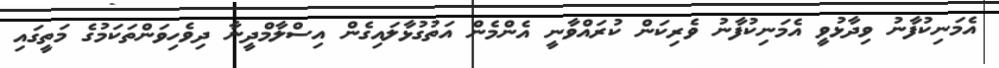
އެމަނިކުފާނު ވިދާޅުވީ އެމަނިކުފާނު ވެރިކަން ކުރައްވާނީ އެންމެން އަތުގުޅާލައިގެން އިސްލާމްދީނާ ދިވެހިވަންތަކަމުގެ މަތީގައި